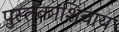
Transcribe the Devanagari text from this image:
पुस्तकाशिवाय